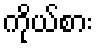
ကိုယ်စား